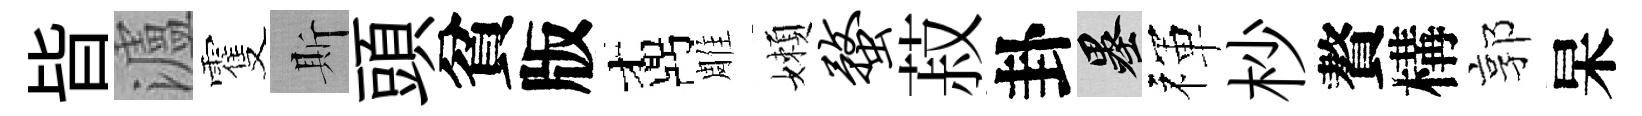
𣅜瀘䨥斯頭貧版鼒雕嬾蝥菽卦墨禈杪贅構郭杲